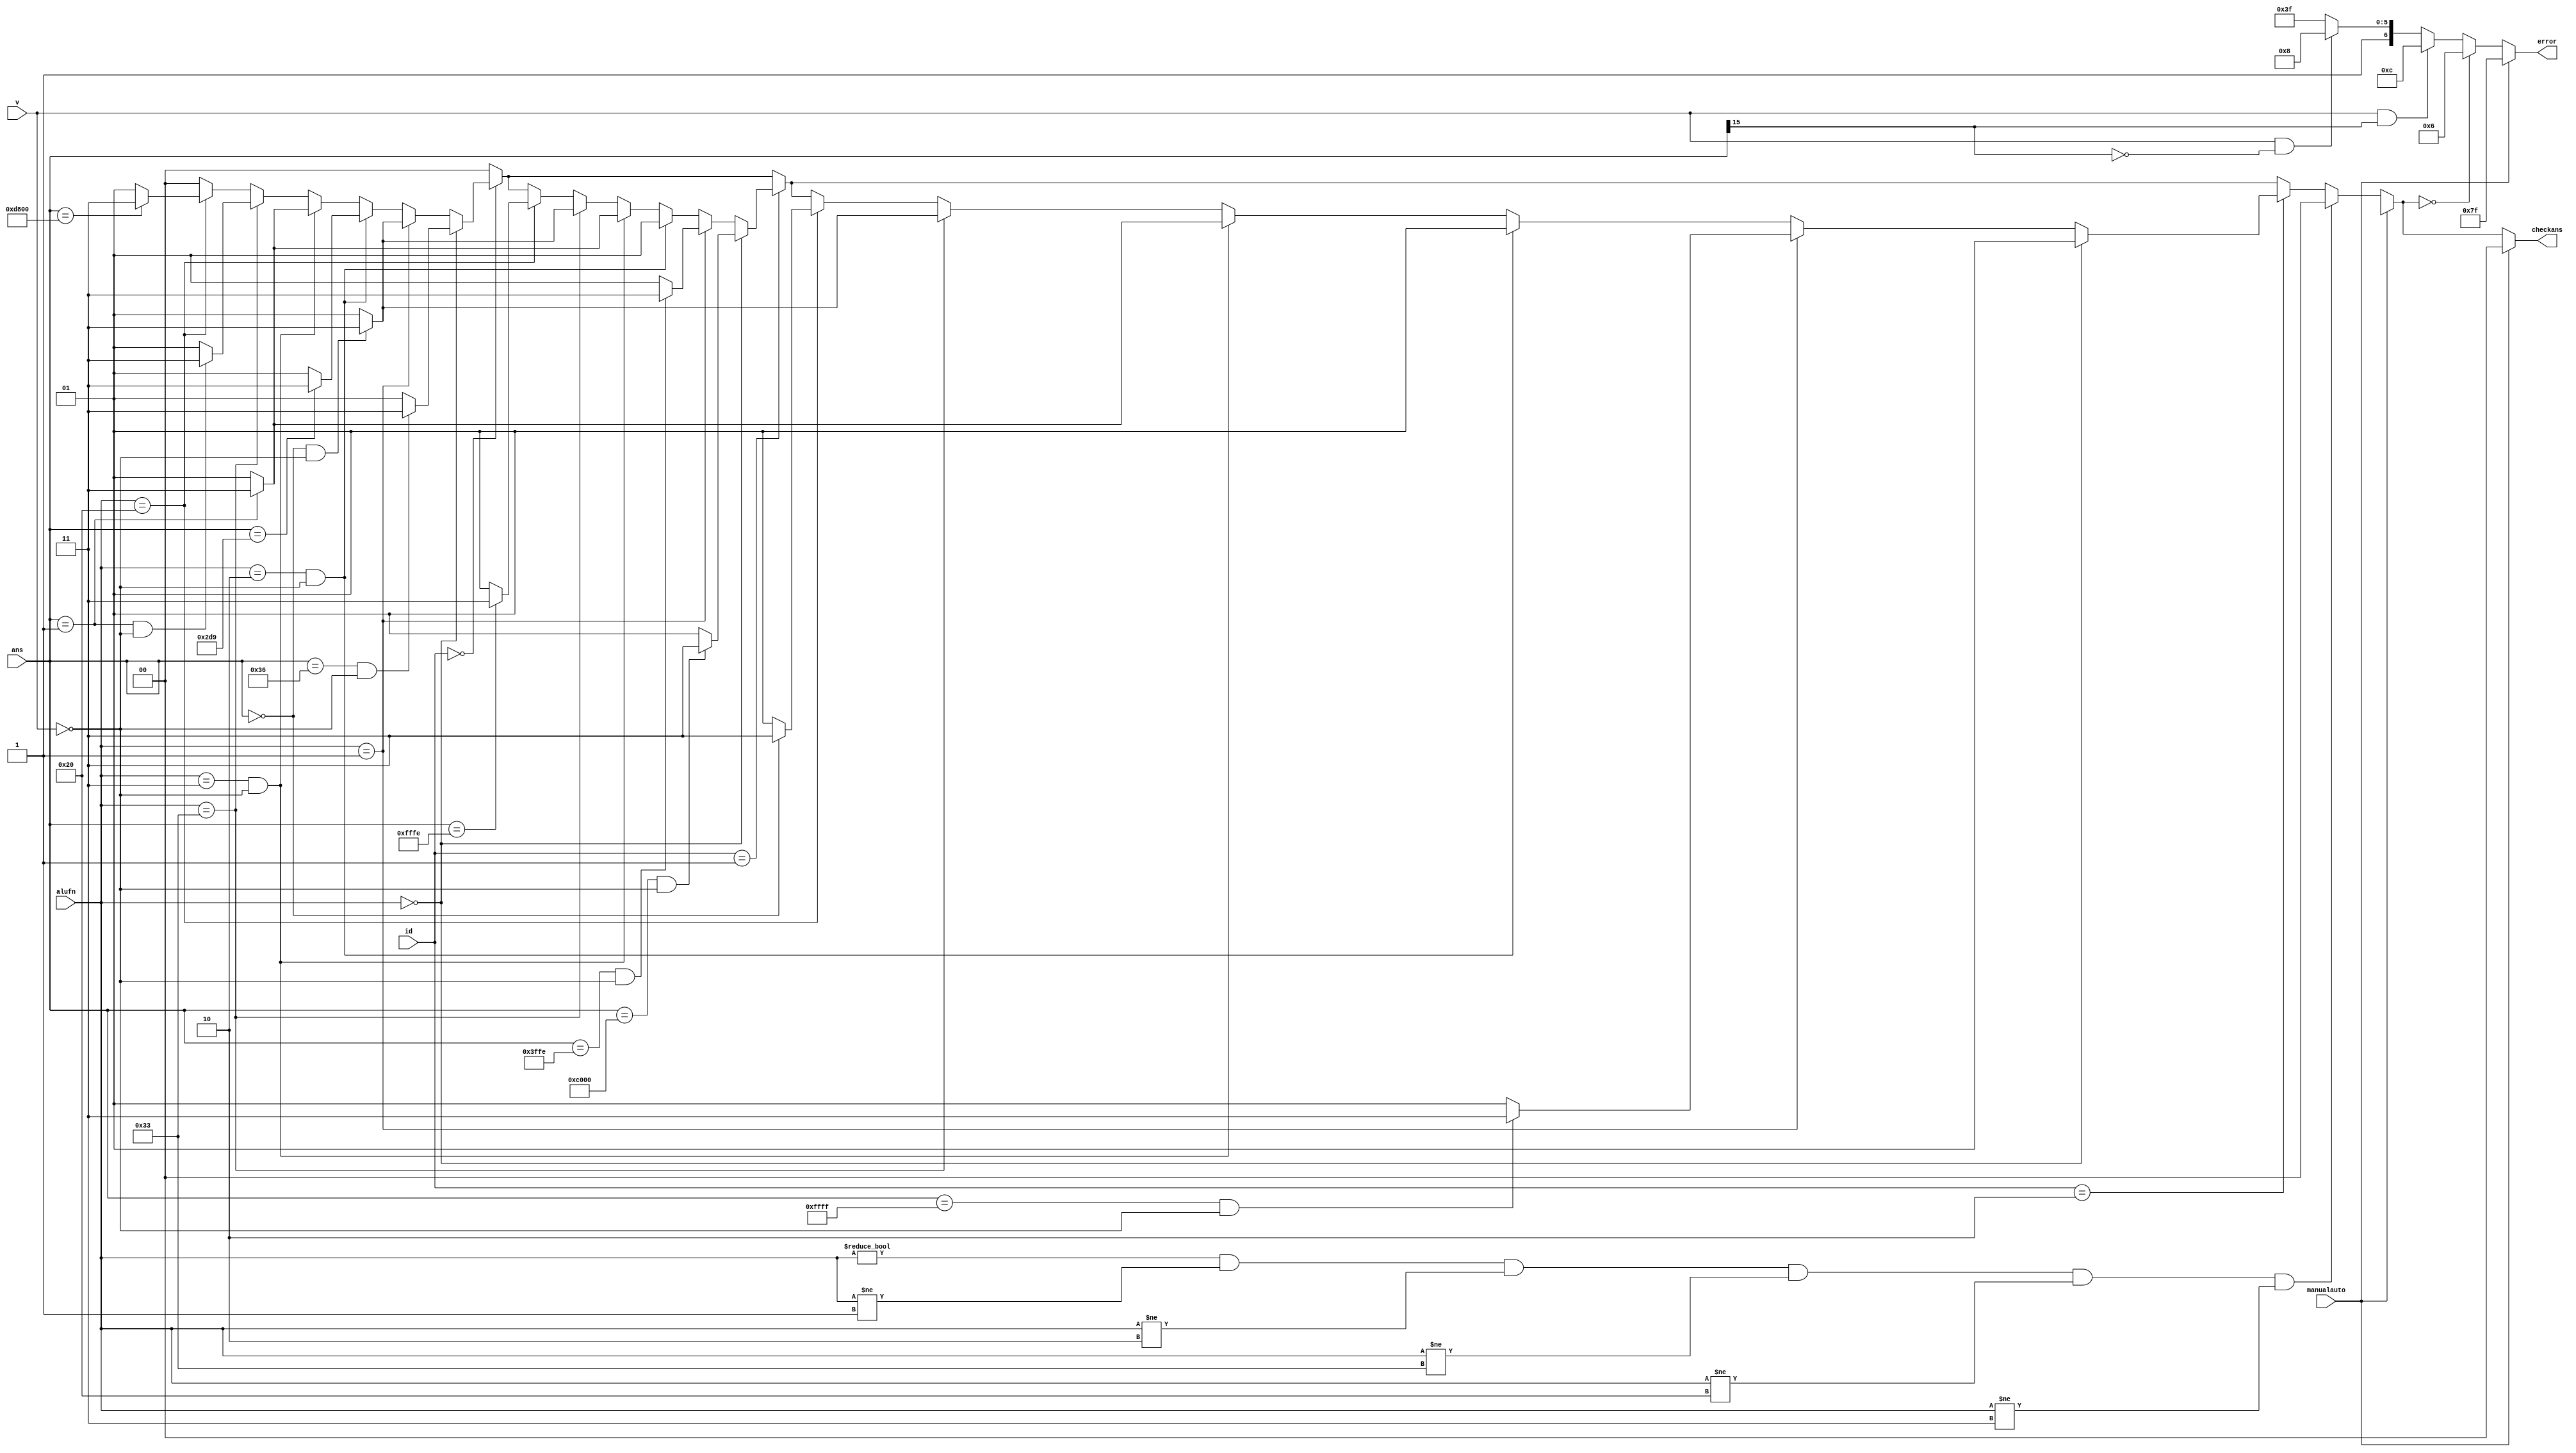
module alu_check_ans_2 (
    input [0:0] manualauto,
    input [15:0] ans,
    input [5:0] alufn,
    input [1:0] id,
    input [0:0] v,
    output reg [1:0] checkans,
    output reg [6:0] error
  );
  
  
  
  localparam ADD = 6'h00;
  
  localparam SUB = 6'h01;
  
  localparam MUL = 6'h02;
  
  localparam DIV = 6'h03;
  
  localparam SHL = 6'h20;
  
  localparam CMPEQ = 6'h33;
  
  localparam TESTCASE1 = 2'h0;
  
  localparam TEST1ADD = 16'h0036;
  
  localparam TEST1SUB = 16'h0000;
  
  localparam TEST1MUL = 16'h02d9;
  
  localparam TEST1DIV = 16'h0001;
  
  localparam TEST1SHL = 16'hd800;
  
  localparam TEST1EQ = 1'h1;
  
  localparam TESTCASE2 = 2'h1;
  
  localparam TEST2ADD = 17'h0c000;
  
  localparam TEST2SUB = 16'h3ffe;
  
  localparam TEST2MUL = 31'h20003fff;
  
  localparam TEST2DIV = 16'h0001;
  
  localparam TEST2SHL = 16'hfffe;
  
  localparam TEST2EQ = 1'h0;
  
  localparam TESTCASE3 = 2'h2;
  
  localparam TEST3ADD = 32'hffff0001;
  
  localparam TEST3SUB = 16'hffff;
  
  localparam TEST3MUL = 32'h3fff8000;
  
  localparam TEST3DIV = 16'h0001;
  
  localparam TEST3SHL = 16'h0000;
  
  localparam TEST3EQ = 1'h0;
  
  localparam CORRECT = 2'h3;
  
  localparam WRONG = 2'h1;
  
  localparam NIL = 2'h0;
  
  reg [1:0] z;
  
  reg [6:0] o;
  
  always @* begin
    z = 2'h0;
    o = 7'h7f;
    if (manualauto == 1'h1) begin
      z = 2'h0;
    end else begin
      if (id == 2'h0) begin
        if (alufn == 6'h00) begin
          if (ans == 16'h0036 && v == 1'h0) begin
            z = 2'h3;
          end else begin
            z = 2'h1;
          end
        end else begin
          if (alufn == 6'h01) begin
            if (ans == 16'h0000 && v == 1'h0) begin
              z = 2'h3;
            end else begin
              z = 2'h1;
            end
          end else begin
            if (alufn == 6'h02 && v == 1'h0) begin
              if (ans == 16'h02d9) begin
                z = 2'h3;
              end else begin
                z = 2'h1;
              end
            end else begin
              if (alufn == 6'h03 && v == 1'h0) begin
                if (ans == 16'h0001) begin
                  z = 2'h3;
                end else begin
                  z = 2'h1;
                end
              end else begin
                if (alufn == 6'h33) begin
                  if (ans == 1'h1 && v == 1'h0) begin
                    z = 2'h3;
                  end else begin
                    z = 2'h1;
                  end
                end else begin
                  if (alufn == 6'h20) begin
                    if (ans == 16'hd800) begin
                      z = 2'h3;
                    end else begin
                      z = 2'h1;
                    end
                  end
                end
              end
            end
          end
        end
      end
      if (id == 2'h1) begin
        if (alufn == 6'h00) begin
          if (ans == 17'h0c000 && v == 1'h0) begin
            z = 2'h3;
          end else begin
            z = 2'h1;
          end
        end else begin
          if (alufn == 6'h01) begin
            if (ans == 16'h3ffe && v == 1'h0) begin
              z = 2'h3;
            end else begin
              z = 2'h1;
            end
          end else begin
            if (alufn == 6'h02 && v == 1'h0) begin
              if (ans == 31'h20003fff) begin
                z = 2'h3;
              end else begin
                z = 2'h1;
              end
            end else begin
              if (alufn == 6'h03 && v == 1'h0) begin
                if (ans == 16'h0001) begin
                  z = 2'h3;
                end else begin
                  z = 2'h1;
                end
              end else begin
                if (alufn == 6'h33) begin
                  if (ans == 1'h0 && v == 1'h0) begin
                    z = 2'h3;
                  end else begin
                    z = 2'h1;
                  end
                end else begin
                  if (alufn == 6'h20) begin
                    if (ans == 16'hfffe) begin
                      z = 2'h3;
                    end else begin
                      z = 2'h1;
                    end
                  end
                end
              end
            end
          end
        end
      end
      if (id == 2'h2) begin
        if (alufn == 6'h00) begin
          if (ans == 32'hffff0001 && v == 1'h0) begin
            z = 2'h3;
          end else begin
            z = 2'h1;
          end
        end else begin
          if (alufn == 6'h01) begin
            if (ans == 16'hffff && v == 1'h0) begin
              z = 2'h3;
            end else begin
              z = 2'h1;
            end
          end else begin
            if (alufn == 6'h02 && v == 1'h0) begin
              if (ans == 32'h3fff8000) begin
                z = 2'h3;
              end else begin
                z = 2'h1;
              end
            end else begin
              if (alufn == 6'h03 && v == 1'h0) begin
                if (ans == 16'h0001) begin
                  z = 2'h3;
                end else begin
                  z = 2'h1;
                end
              end else begin
                if (alufn == 6'h33) begin
                  if (ans == 1'h0 && v == 1'h0) begin
                    z = 2'h3;
                  end else begin
                    z = 2'h1;
                  end
                end else begin
                  if (alufn == 6'h20) begin
                    if (ans == 16'h0000) begin
                      z = 2'h3;
                    end else begin
                      z = 2'h1;
                    end
                  end
                end
              end
            end
          end
        end
      end
      if (alufn != 6'h00 && alufn != 6'h01 && alufn != 6'h02 && alufn != 6'h33 && alufn != 6'h20 && alufn != 6'h03) begin
        z = 2'h0;
      end
      o = 7'h7f;
      if (v == 1'h1 && ans[15+0-:1] == 1'h0) begin
        o = 7'h48;
      end
      if (v == 1'h1 && ans[15+0-:1] == 1'h1) begin
        o = 7'h0c;
      end
      if (z == 2'h0) begin
        o = 7'h06;
      end
    end
    checkans = z;
    error = o;
  end
endmodule